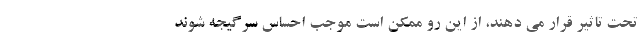
تحت تاثیر قرار می دهند، از این رو ممکن است موجب احساس سرگیجه شوند